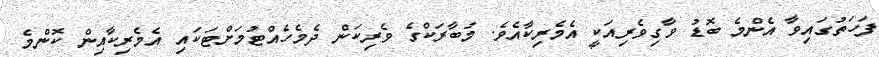
ފަހަތުގައިވާ އެންމެ ބޮޑު ވާގިވެރިއަކީ އެމެރިކާއެވެ. މުބާރަކްގެ ވެރިކަން ދެމެހެއްޓުމަށްޓަކައި އެމެރިކާއިން ކޮންމެ